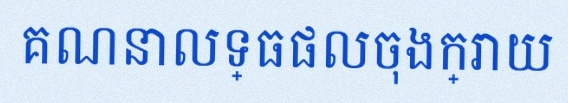
គណនាលទ្ធផលចុងក្រោយ